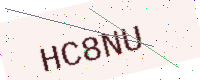
Text: HC8NU